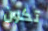
تكون